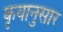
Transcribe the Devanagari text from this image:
कृयानुसार